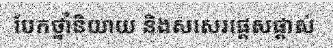
បែកថ្នាំនិយាយ និងសសេរផ្តេសផ្តាស់